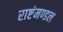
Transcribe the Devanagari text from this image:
राष्टंमण्डल